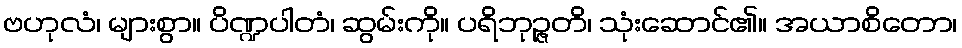
ဗဟုလံ၊ များစွာ။ ပိဏ္ဍပါတံ၊ ဆွမ်းကို။ ပရိဘုဉ္ဇတိ၊ သုံးဆောင်၏။ အယာစိတော၊